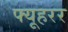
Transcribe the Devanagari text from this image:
फ्यूहरर